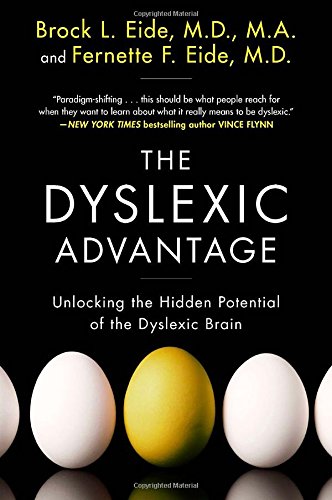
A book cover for The Dyslexic Advantage: Unlocking the Hidden Potential of the Dyslexic Brain; Brock L. Eide M.D.  M.A.; Parenting & Relationships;